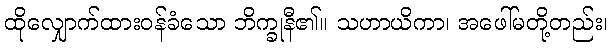
ထိုလျှောက်ထားဝန်ခံသော ဘိက္ခုနီ၏။ သဟာယိကာ၊ အဖေါ်မတို့တည်း၊